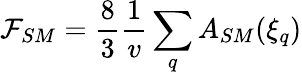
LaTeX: \mathcal{F}_{SM}=\frac{8}{3}\frac{1}{v}\sum_{q}A_{SM}(\xi_{q})